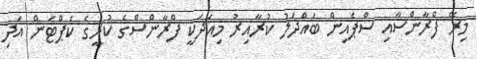
މިރޭ ފްރާންސާއި ސްޕެއިން ބައްދަލު ކުރާއިރު މިއަދަކީ ފްރާންސްގެ ކުރީގެ ކެޕްޓަން އަދި